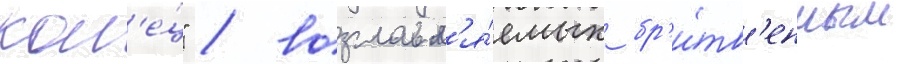
кол'е́ц" / возглавл'я́емых бр'и́тв'енным